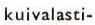
kuivalasti-